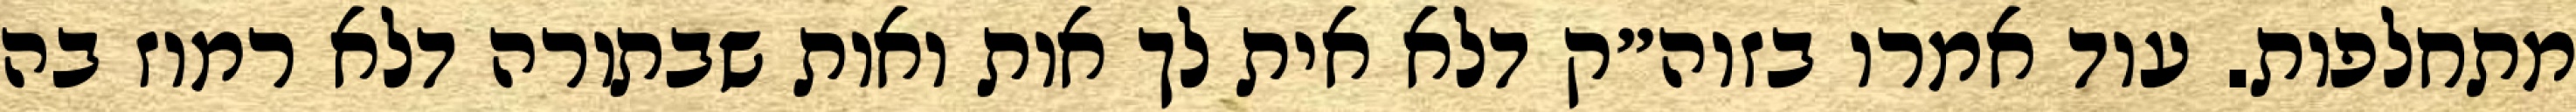
מתחלפות. עוד אמרו בזוה״ק דלא אית לך אות ואות שבתורה דלא רמוז בה